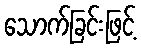
သောက်ခြင်းဖြင့်